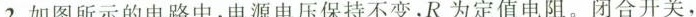
2.如图所示的电路中，电源电压保持不变，R为定值电阻。闭合开关，